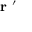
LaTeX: { \textbf { r } } ^ { \prime }